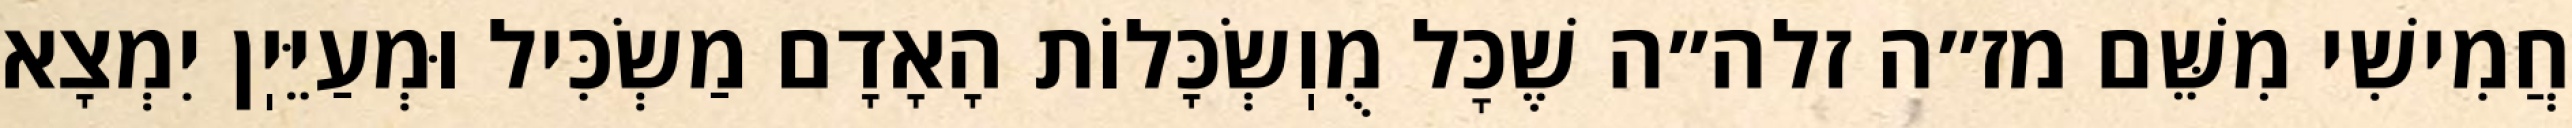
חֲמִישִׁי מִשֵּׁם מז״ה זלה״ה שֶׁכׇּל מֻוֽשְׂכָּלוֹת הָאָדָם מַשְׂכִּיל וּמְעַיֵּיֽן יִמְצָא